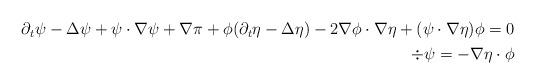
LaTeX: \begin{align*} \begin{aligned} \partial_t \psi - \Delta \psi + \psi \cdot \nabla \psi + \nabla \pi + \phi( \partial_t \eta - \Delta \eta) - 2 \nabla \phi \cdot \nabla \eta + (\psi \cdot \nabla \eta) \phi =0 \\ \div \psi = - \nabla \eta \cdot \phi \end{aligned}\end{align*}